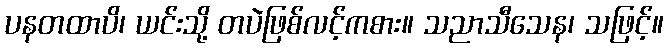
ပနတထာပိ၊ ယင်းသို့ တပဲဖြစ်လင့်ကစား။ သညာသီသေန၊ သဖြင့်။